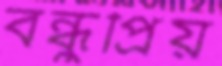
বন্ধুপ্রিয়